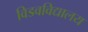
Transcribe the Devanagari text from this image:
विडवविद्यालय